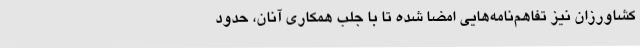
کشاورزان نیز تفاهم‌نامه‌هایی امضا شده تا با جلب همکاری آنان، حدود